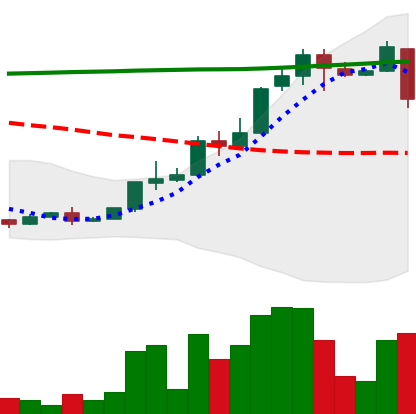
Ticker: XLM-USD
Chart end date: 2018-04-25
Forward return: 25.077%
Label: up_7plus